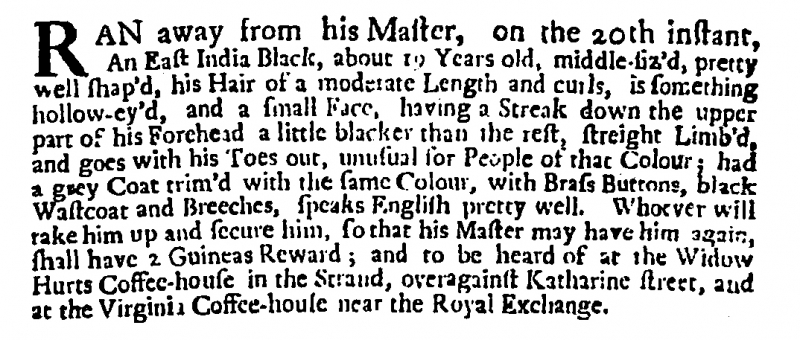
Post Boy (1695), 22 January 1713 (England)
RAN away from his Master, on the 20th instant, An East India Black, about 19 Years old, middle-siz’d, pretty well shap’d, his Hair of a moderate Length and curls, is something hollow-ey’d, and a small Face, having a Streak down the upper part of his Forehead a little blacker than the rest, streight Limb’d, and goes with his Toes out, unusual for People of that Colour; had a grey Coat trim’d with the same Colour, with Brass Buttons, black Wastcoat and Breeches, speaks English pretty well. Whoever will take him up and secure him, so that his Master may have him again, shall have 2 Guineas Reward; and to be heard of at the Widow Hurts Coffee-house in the Strand, overagainst Katharine street, and at the Virginia Coffee-house near the Royal Exchange.